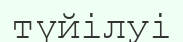
түйілуі